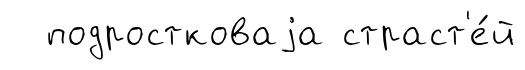
подростковаjа страст'е́й